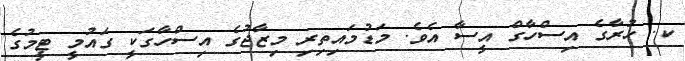
ކ. ހުރާގެ އިސްހާގް އީސާ އެވެ. މަޑުމައިތިރި މިޒާޖުގެ އިސްހާގަކީ ގައުމީ ޓީމުގެ